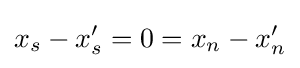
x_{s}-x_{s}'=0=x_{n}-x_{n}'